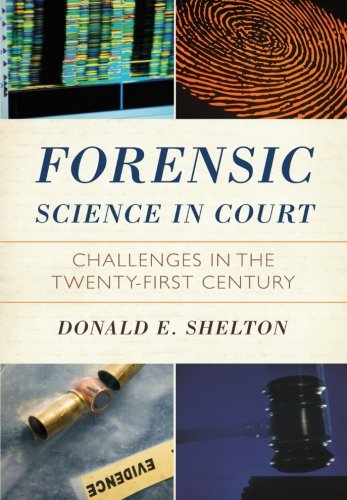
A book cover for Forensic Science in Court: Challenges in the Twenty First Century (Issues in Crime and Justice); Donald Hon. Shelton Chief Judge; Law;